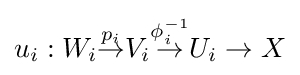
u_{i}:W_{i}{\stackrel {p_{i}}{\to }}V_{i}{\stackrel {\phi _{i}^{-1}}{\to }}U_{i}\to X